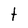
Character: t